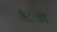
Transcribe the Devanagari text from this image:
हिअ।